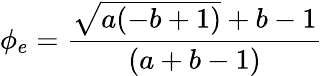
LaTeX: \phi_{e}={\frac{{\sqrt{a(-b+1)}}+b-1}{(a+b-1)}}